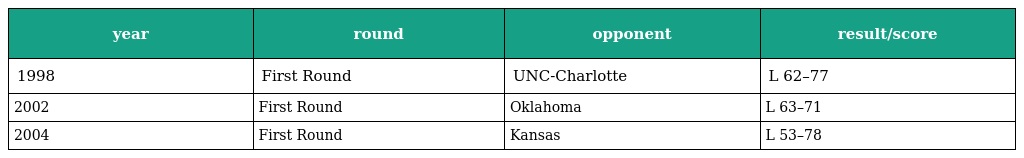
| year | round | opponent | result/score |
 | --- | --- | --- | --- |
 | 1998 | First Round | UNC-Charlotte | L 62–77 |
 | 2002 | First Round | Oklahoma | L 63–71 |
 | 2004 | First Round | Kansas | L 53–78 |